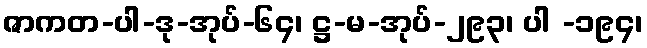
ဇာကတ-ပါ-ဒု-အုပ်-၆၄၊ ဋ္ဌ-မ-အုပ်-၂၉၃၊ ပါ -၁၉၄၊